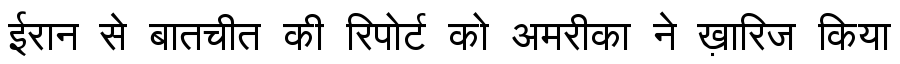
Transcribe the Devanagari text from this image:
ईरान से बातचीत की रिपोर्ट को अमरीका ने ख़ारिज किया